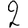
Digit: 2